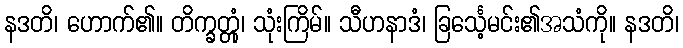
နဒတိ၊ ဟောက်၏။ တိက္ခတ္တုံ၊ သုံးကြိမ်။ သီဟနာဒံ၊ ခြင်္သေ့မင်း၏အသံကို။ နဒတိ၊